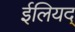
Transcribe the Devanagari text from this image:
ईलियद्